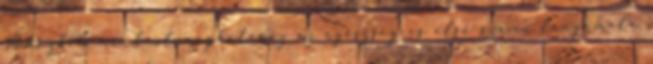
Miközben mindent meghatároz az egészség és első számú lenyomata